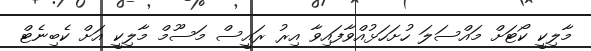
މާލިކީ ކޯޓަށް މައްސަލަ ހުށަހަޅުއްވާފައިވާ އިރު ރައީސް މަސޫމް މާލިކީ އަށް ކެބިނެޓް